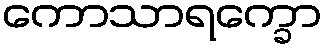
ကောသာရက္ခော